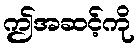
ဤအဆင့်ကို